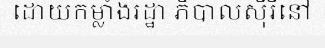
ដោយកម្លាំងរដ្ឋា ភិបាលស៊ីរីនៅ